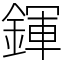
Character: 鍕